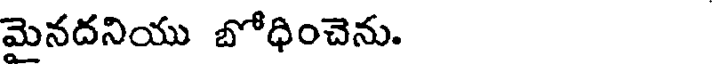
మైనదనియు బోధించెను.